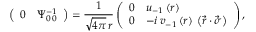
\left( \begin{array} { l l } { { 0 } } & { { \Psi _ { 0 \, 0 } ^ { - 1 } } } \end{array} \right) = { \frac { 1 } { \sqrt { 4 \pi } \, r } } \left( \begin{array} { l l } { { 0 } } & { { u _ { - 1 } \left( r \right) } } \\ { { 0 } } & { { - i \, v _ { - 1 } \left( r \right) \, \left( \vec { r } \cdot \vec { \sigma } \right) } } \end{array} \right) ,